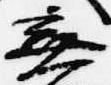
無